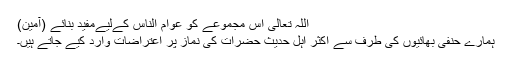
اللہ تعالیٰ اس مجموعے کو عوام الناس کےلیےمفید بنائے (آمین)
ہمارے حنفی بھائیوں کی طرف سے اکثر اہل حدیث حضرات کی نماز پر اعتراضات وارد کیے جاتے ہیں۔